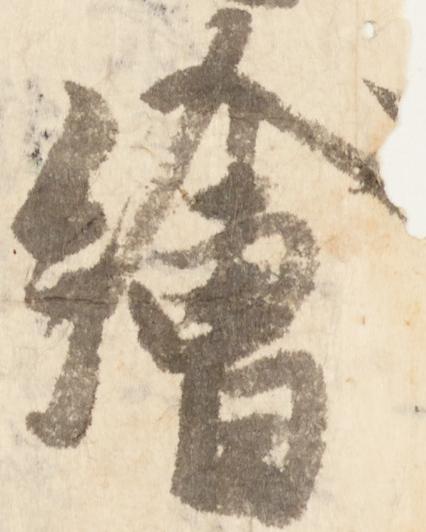
絵